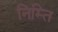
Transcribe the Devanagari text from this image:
निम्ति